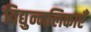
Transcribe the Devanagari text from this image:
विद्युन्नलिकाएँ